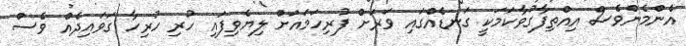
އެންމެންވެސް އިއްތިފާގުވާކަމަކީ ގަނޑެއްގައި ވަރަށް ފުރިހަމައަށް ލިޔެވިފައި ހުރި ހުރިހާ ގަވައިދެއް ވެސް